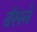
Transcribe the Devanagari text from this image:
डँसने